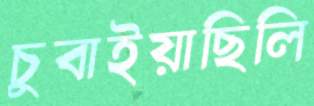
চুবাইয়াছিলি